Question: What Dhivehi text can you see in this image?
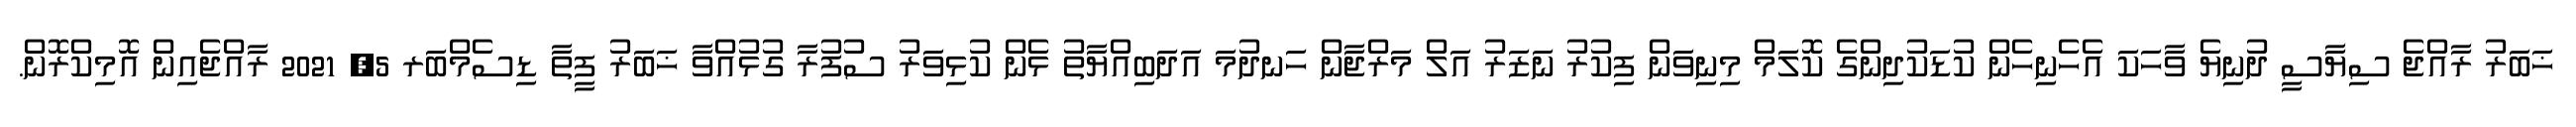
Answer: ޚަބަރު ރާއްޖެ ސިޔާސީ ދުނިޔެ ވާހަކަ އެހެނިހެން ކުޑަކުދިންގެ ކޮލަމް މިނިވަން ފިކުރު ނަޒަރު އަލް މަރްޖާން ހަނދުމަ އަދަބިއްޔާތު ޅެން ކުޅިވަރު ސުފުރާ ގުޅުއްވާ ޚަބަރު ފީތާ ޑިސެމްބަރ 5, 2021 ރާއްޖެއިން އޮމިކްރޮން.